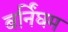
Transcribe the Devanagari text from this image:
बर्निंघम